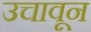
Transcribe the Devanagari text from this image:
उचावून